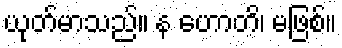
ယုတ်မာသည်။ န ဟောတိ၊ မဖြစ်။